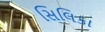
સિલિકા